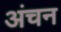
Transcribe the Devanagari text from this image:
अंचन